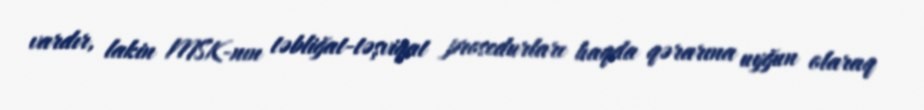
vardır, lakin MSK-nın təbliğat-təşviqat prosedurları haqda qərarına uyğun olaraq